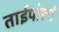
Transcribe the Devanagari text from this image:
ताईपोलो